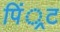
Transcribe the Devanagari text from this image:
पिं्रट